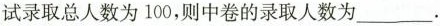
试分为南试录取总人数为100，则中卷的录取人数为___.